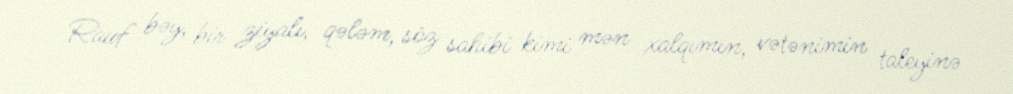
Rauf bəy, bir ziyalı, qələm, söz sahibi kimi mən xalqımın, vətənimin taleyinə